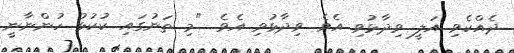
ދެއްކެވި އަލީ ވިދާޅުވި އެވެ. ވިދާޅުވި އެވެ. "މި ތަނުގައި ކުކުޅު ހުންނާނީ